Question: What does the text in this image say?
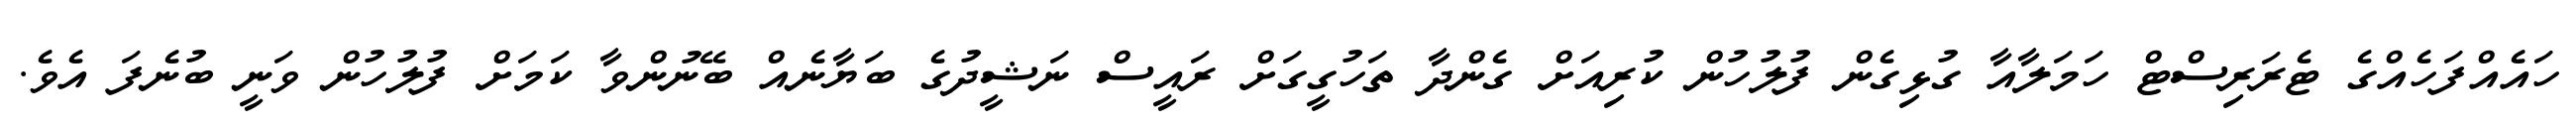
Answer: ހައެއްފަހެއްގެ ޓެރަރިސްޓް ހަމަލާއާ ގުޅިގެން ފުލުހުން ކުރިއަށް ގެންދާ ތަހުގީގަށް ރައީސް ނަޝީދުގެ ބަޔާނެއް ބޭނުންވާ ކަމަށް ފުލުހުން ވަނީ ބުނެފަ އެވެ.